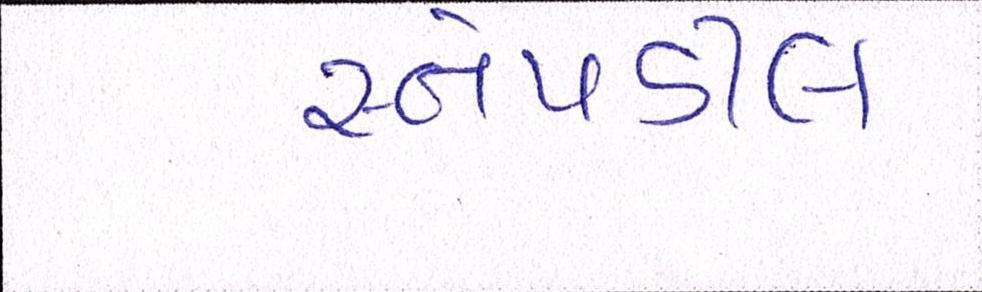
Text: સ્નેપડીલ